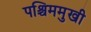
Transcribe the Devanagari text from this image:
पश्चिममुखी